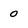
Character: 0